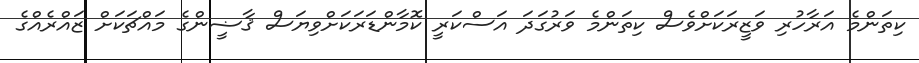
ކިތަންމެ އަރާހުރި ވަޒީރަކަށްވެސް ކިތަންމެ ވަރުގަދަ އަސްކަރީ ކޮމާންޑަރަކަށްވިޔަސް ޤާޟީންގެ މައްޗަކަށް ޒައްރެއްގެ